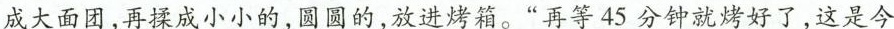
成大面团，再揉成小小的，圆圆的，放进烤箱。“再等45分钟就烤好了，这是今